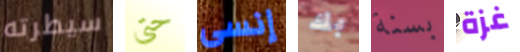
سيطرته حتى إنسى بك بسنة غزة